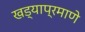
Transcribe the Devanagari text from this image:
खड्याप्रमाणे